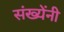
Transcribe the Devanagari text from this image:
संख्येंनी